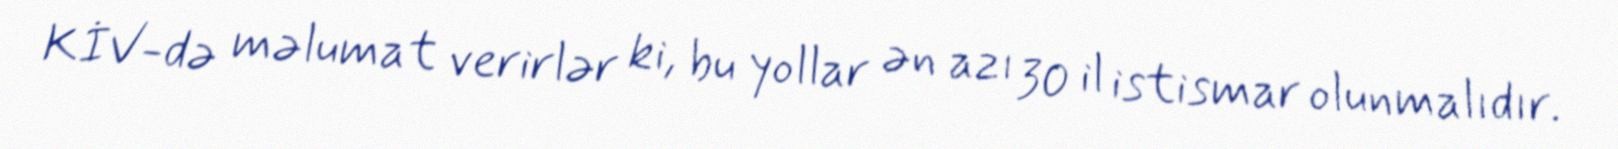
KİV-də məlumat verirlər ki, bu yollar ən azı 30 il istismar olunmalıdır.